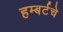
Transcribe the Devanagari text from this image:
हम्बर्टचे